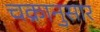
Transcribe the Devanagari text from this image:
चक्रानुसार